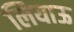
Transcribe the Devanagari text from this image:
लियाऊ